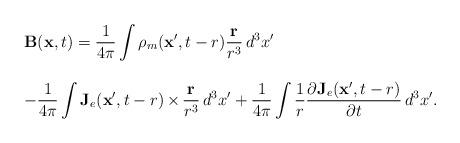
LaTeX: \begin{align*}\begin{array}{l}\mathbf{B}(\mathbf{x},t) =\displaystyle\frac{1}{4\pi}\int\rho_m(\mathbf{x}',t-r)\frac{\mathbf{r}}{r^3}\,d^3x'\\~\\ -\displaystyle\frac{1}{4\pi}\int\mathbf{J}_e(\mathbf{x}',t-r)\,{\bf \times}\,\frac{\mathbf{r}}{r^3}\,d^3x'+\displaystyle\frac{1}{4\pi}\int\frac{1}{r}\frac{\partial\mathbf{J}_e(\mathbf{x}',t-r)}{\partial t}\,d^3x' .\end{array}\end{align*}